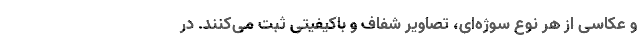
و عکاسی از هر نوع سوژه‌ای، تصاویر شفاف و باکیفیتی ثبت می‌کنند. در